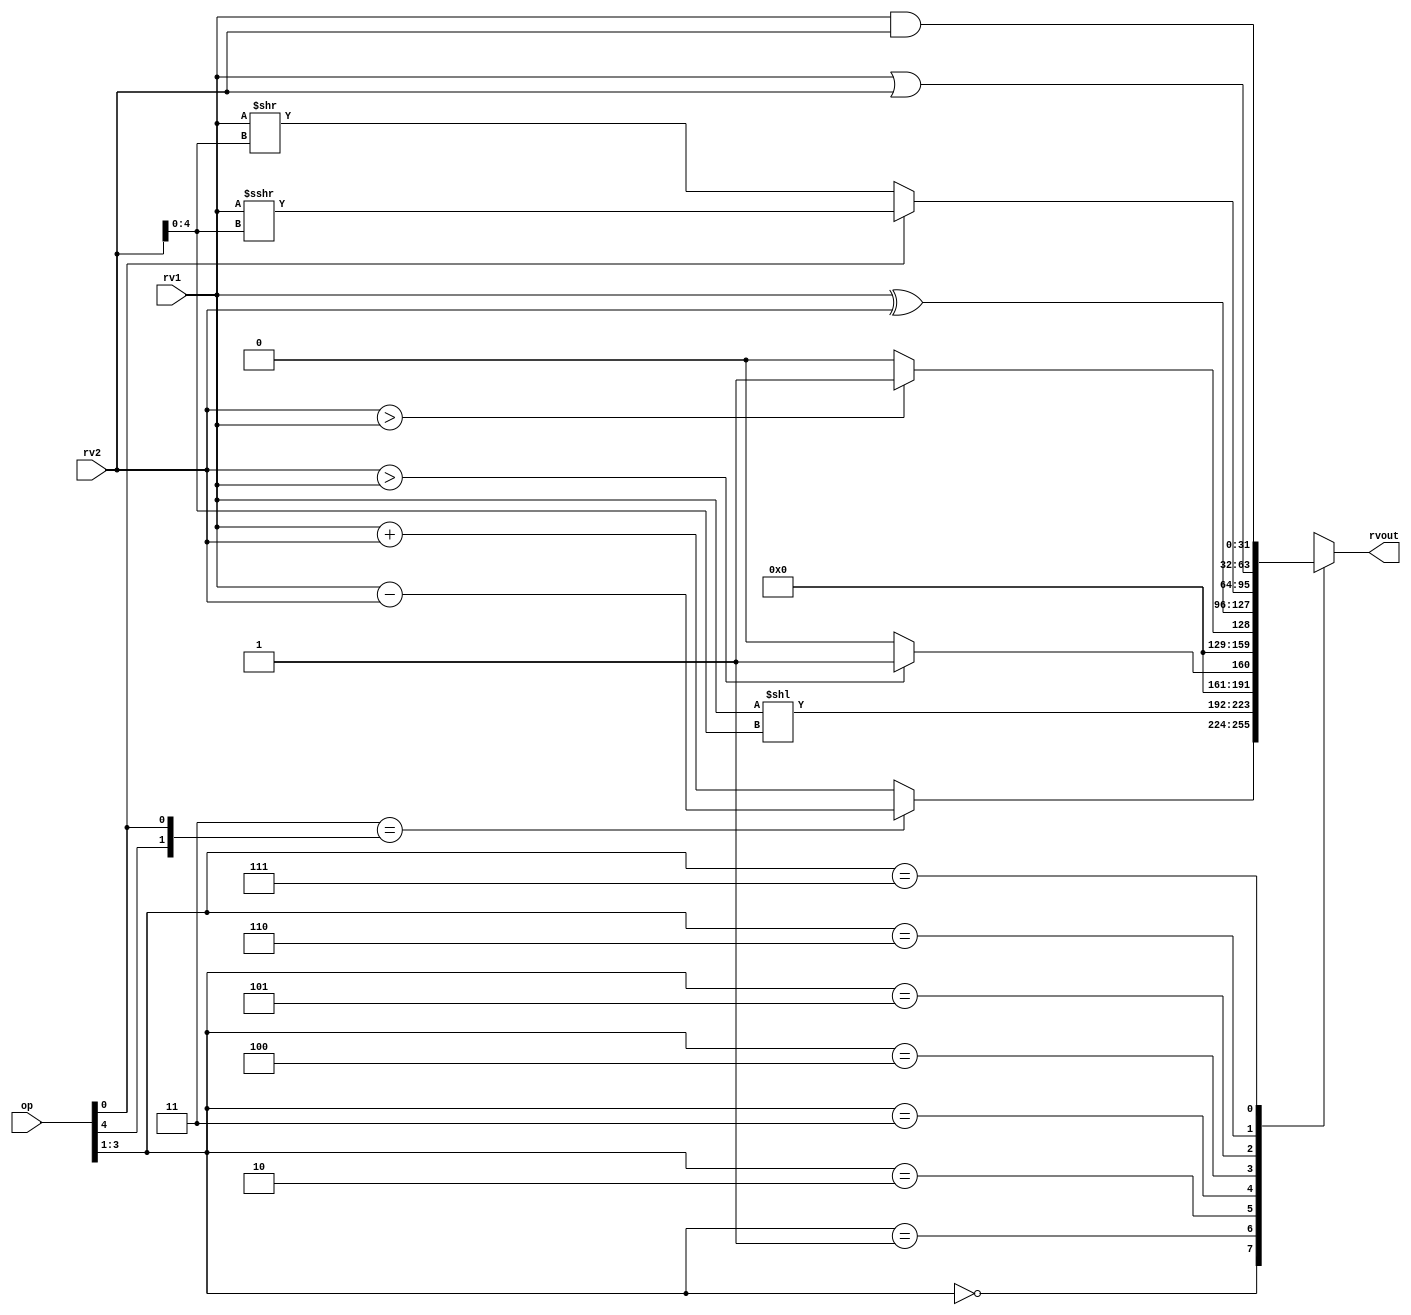
module alu32(
    input [5:0] op,      
    input [31:0] rv1,    // First operand
    input [31:0] rv2,    // Second operand
    output [31:0] rvout  // Output 
);
    reg rvout;
    always @(rv1 or rv2 or op) begin
      case(op[3:1])                                                                                       //Blocking statements below because of combinational ALU
        3'b000: rvout = (2'b11 == {op[4],op[0]}) ?  rv1 - rv2 : rv1 + rv2;                                //ADD / SUB    -add
        3'b001: rvout = $signed(rv1) << $signed(rv2[4:0]);                                                //SLL   -shift logical left
        3'b010: rvout = ($signed(rv2) > $signed(rv1))?32'h1:32'h0;                                        //SLT   -if rv2>rv1, else 0 signed no. immediate
        3'b011: rvout = (rv2>rv1)?32'h1:32'h0;                                                            //SLTU  -if rv2>rv1, else 0 unsigned no. immediate
        3'b100: rvout = rv1 ^ rv2;                                                                        //XOR   -bitwise
        3'b101: rvout = (op[0]) ? $signed(rv1) >>> $signed(rv2[4:0]):$signed(rv1) >> $signed(rv2[4:0]);   // SRA / SRL
        3'b110: rvout = rv1 | rv2;                                                                        //OR    -bitwise
        3'b111: rvout = rv1 & rv2;                                                                        //AND   -bitwise
      endcase
    end

endmodule